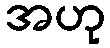
အဟု